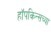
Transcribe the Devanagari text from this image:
हॉपकिन्सच्या